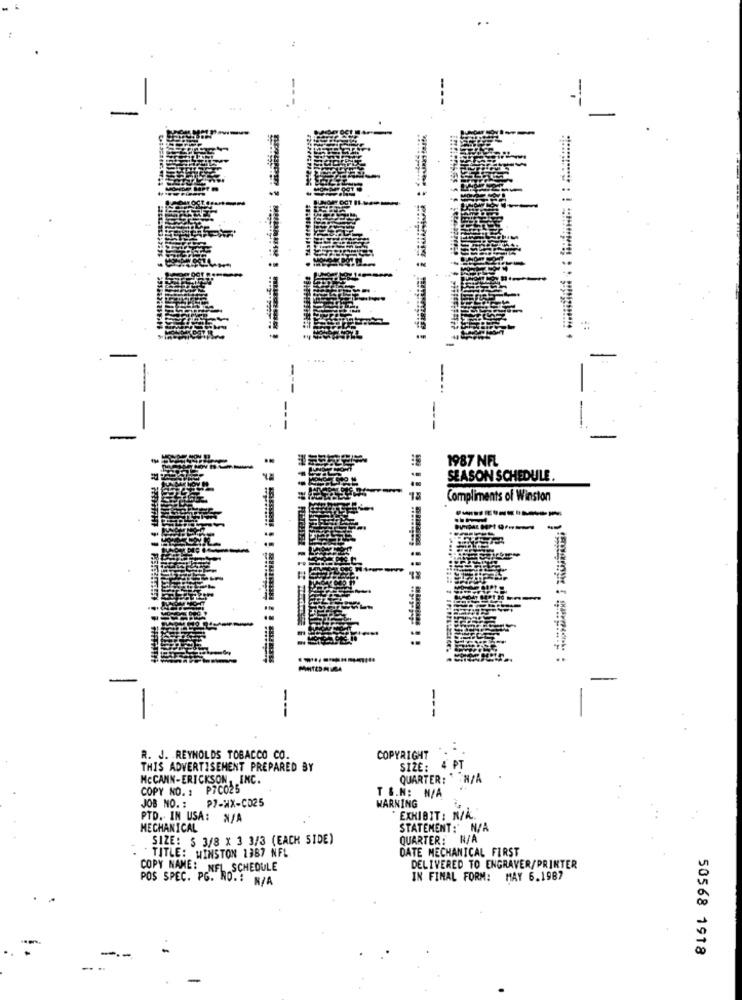
1987 NFL
SEASON SCHEDULE.
Compliments of Winston
--
---
-
R. J. REYNOLDS TOBACCO CO.
COPYRIGHT
THIS ADVERTISEMENT PREPARED BY
SIZE:
MCCANN-ERICKSON, INC.
QUARTER: N/A
COPY NO. : P7C025
JOB NO. :
P7-XX-CD25
WARNING
T S.N: N/A
PTD .- IN USA: N/A
EXHIBIT : N/A.
MECHANICAL
STATEMENT: N/A
SIZE: S 3/8 X 3 3/3 (EACH SIDE)
QUARTER: N/A
DATE MECHANICAL FIRST
TITLE: WINSTON 1387 NFL
COPY NAME: NFL. SCHEDULE
DELIVERED TO ENGRAVER/PRINTER
POS SPEC. PG. NO .: N/A
IN FINAL FORM: MAY 6.1987
50568 1918